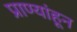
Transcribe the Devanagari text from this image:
प्राण्यांहून